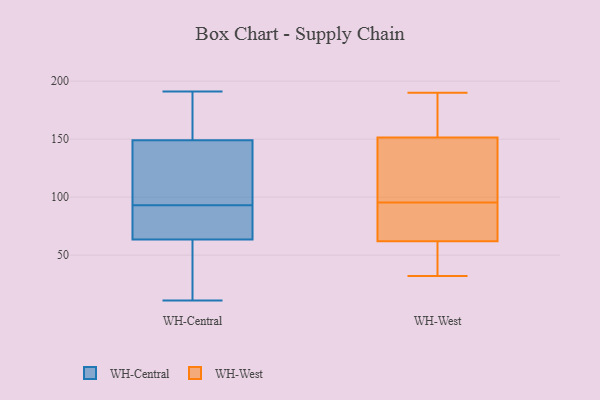
{"axis": {"x": "Temperature (°C)", "y": "Value"}, "legend": ["WH-Central", "WH-West"], "data": [{"x": "", "y": 93, "type": "WH-Central"}, {"x": "", "y": 157, "type": "WH-Central"}, {"x": "", "y": 141, "type": "WH-Central"}, {"x": "", "y": 64, "type": "WH-Central"}, {"x": "", "y": 63, "type": "WH-Central"}, {"x": "", "y": 191, "type": "WH-Central"}, {"x": "", "y": 56, "type": "WH-Central"}, {"x": "", "y": 108, "type": "WH-Central"}, {"x": "", "y": 174, "type": "WH-Central"}, {"x": "", "y": 97, "type": "WH-Central"}, {"x": "", "y": 11, "type": "WH-Central"}, {"x": "", "y": 163, "type": "WH-Central"}, {"x": "", "y": 64, "type": "WH-Central"}, {"x": "", "y": 84, "type": "WH-Central"}, {"x": "", "y": 93, "type": "WH-Central"}, {"x": "", "y": 46, "type": "WH-Central"}, {"x": "", "y": 188, "type": "WH-West"}, {"x": "", "y": 42, "type": "WH-West"}, {"x": "", "y": 190, "type": "WH-West"}, {"x": "", "y": 149, "type": "WH-West"}, {"x": "", "y": 32, "type": "WH-West"}, {"x": "", "y": 107, "type": "WH-West"}, {"x": "", "y": 154, "type": "WH-West"}, {"x": "", "y": 132, "type": "WH-West"}, {"x": "", "y": 72, "type": "WH-West"}, {"x": "", "y": 52, "type": "WH-West"}, {"x": "", "y": 84, "type": "WH-West"}, {"x": "", "y": 124, "type": "WH-West"}, {"x": "", "y": 185, "type": "WH-West"}, {"x": "", "y": 72, "type": "WH-West"}, {"x": "", "y": 57, "type": "WH-West"}, {"x": "", "y": 67, "type": "WH-West"}]}